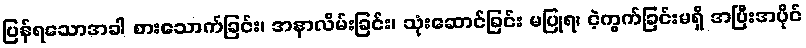
ပြန်ရသောအခါ စားသောက်ခြင်း၊ အနာလိမ်းခြင်း၊ သုံးဆောင်ခြင်း မပြုရ၊ ငဲ့ကွက်ခြင်းမရှိ အပြီးအပိုင်